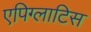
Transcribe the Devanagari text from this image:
एपिग्लाटिस